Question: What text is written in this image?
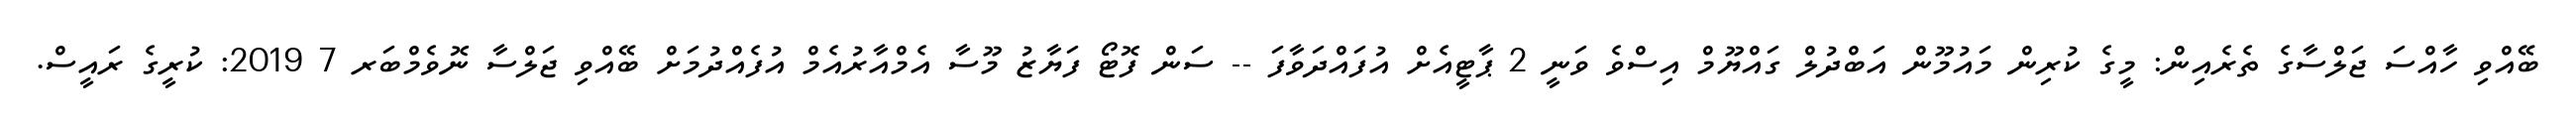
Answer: ބޭއްވި ހާއްސަ ޖަލްސާގެ ތެރެއިން: މީގެ ކުރިން މައުމޫން އަބްދުލް ގައްޔޫމް އިސްވެ ވަނީ 2 ޕާޓީއެށް އުފައްދަވާފަ -- ސަން ފޮޓޯ ފަޔާޒު މޫސާ އެމްއާރުއެމް އުފެއްދުމަށް ބޭއްވި ޖަލްސާ ނޮވެމްބަރ 7 2019: ކުރީގެ ރައީސް.